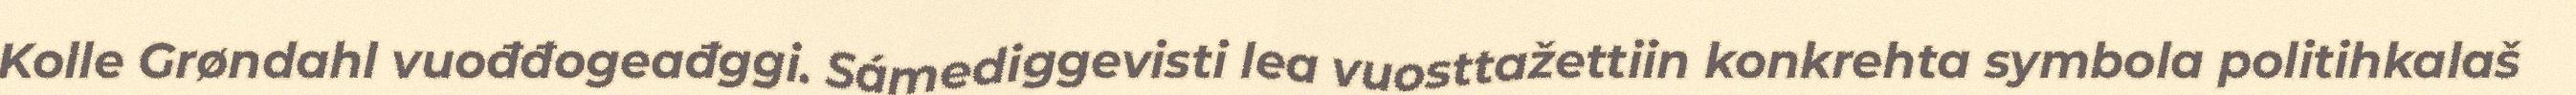
Kolle Grøndahl vuođđogeađggi. Sámediggevisti lea vuosttažettiin konkrehta symbola politihkalaš